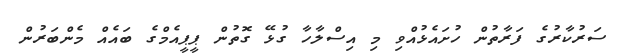
ސަރުކާރުގެ ފަރާތުން ހުށައެޅުއްވި މި އިސްލާހާ ގުޅޭ ގޮތުން ޕީޕީއެމްގެ ބައެއް މެންބަރުން